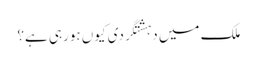
ملک میں دہشتگردی کیوں ہورہی ہے؟